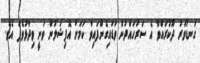
ގަނޑުވަރު ދޫކުރައްވާ އެ ސަރަހައްދުން ވަޑައިގެންފައިވާ ކަމަށް އޮފިޝަލުން ވަނީ ވިދާޅުވެފަ އެވެ.